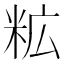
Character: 𮇋